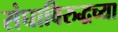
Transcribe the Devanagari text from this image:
संघाविरुद्धच्या